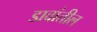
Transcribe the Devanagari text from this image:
डावांतील